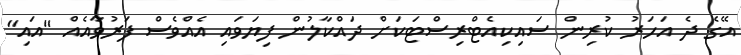
އޭގެ ދެ އަހަރު ކުރިން ސައިކިއެޓްރިސްޓަކަށް ދައްކާލުން ފިޔަވައި އެއްވެސް ފަރުވާއެއް "އައި"